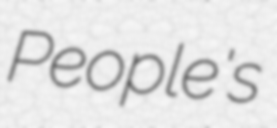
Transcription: People's